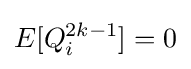
{\textstyle E[Q_{i}^{2k-1}]=0}